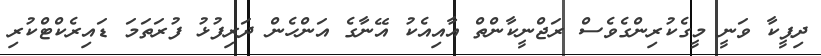
ދިޕީކާ ވަނީ މީގެކުރިންގެވެސް ރަޖްނީކާންތް އާއިއެކު އޭނާގެ އަންހެން ދަރިފުޅު ފުރަތަމަ ޑައިރެކްޓްކުރި